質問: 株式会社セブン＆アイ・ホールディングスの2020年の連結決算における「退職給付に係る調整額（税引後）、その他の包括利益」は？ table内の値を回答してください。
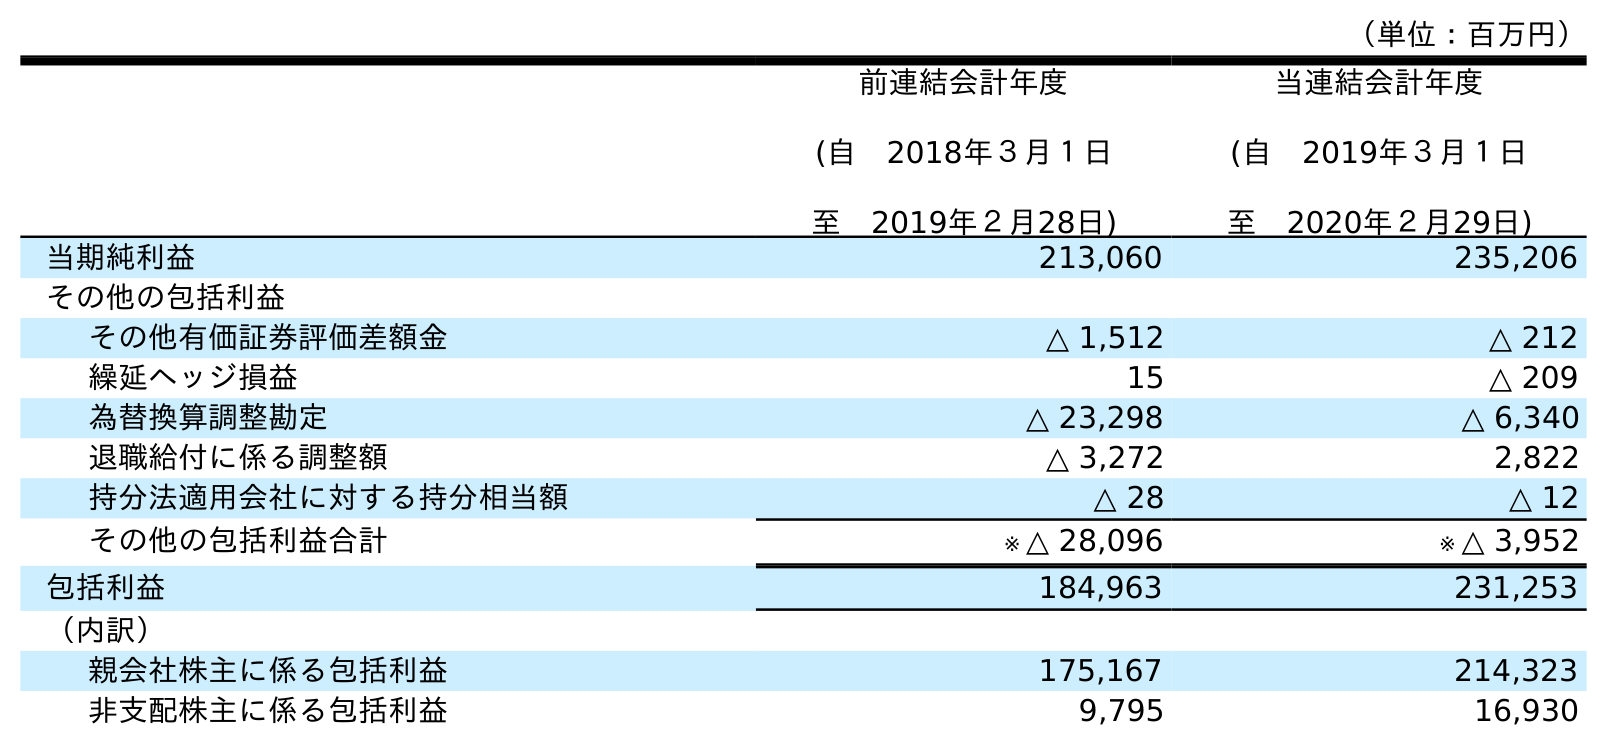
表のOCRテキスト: （単位：百万円） 前連結会計年度 (自 2018年３月１日 至 2019年２月28日) 当連結会計年度 (自 2019年３月１日 至 2020年２月29日) 当期純利益 213,060 235,206 その他の包括利益 その他有価証券評価差額金 △ 1,512 △ 212 繰延ヘッジ損益 15 △ 209 為替換算調整勘定 △ 23,298 △ 6,340 退職給付に係る調整額 △ 3,272 2,822 持分法適用会社に対する持分相当額 △ 28 △ 12 その他の包括利益合計 ※ △ 28,096 ※ △ 3,952 包括利益 184,963 231,253 （内訳） 親会社株主に係る包括利益 175,167 214,323 非支配株主に係る包括利益 9,795 16,930
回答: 2,822